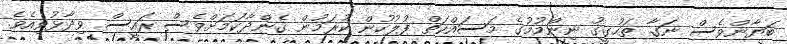
ބަޔާންވެސް ނަގާ ތަހުގީގު ނިންމުމުގެ މަސައްކަތް ފުލުހުން ކުރަމުން ގެންދާކަމަށްވެސް ރައީސް ވިދާޅުވިއެވެ.